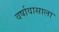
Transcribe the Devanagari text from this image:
वर्षावासाला